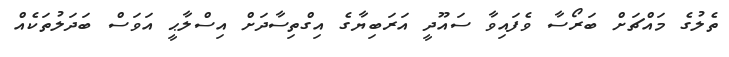
ތެލުގެ މައްޗަށް ބަރޯސާ ވެފައިވާ ސައޫދީ އަރަބިޔާގެ އިގްތިސާދަށް އިސްލާޙީ އަވަސް ބަދަލުތަކެއް